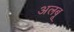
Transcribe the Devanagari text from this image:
अलबू